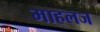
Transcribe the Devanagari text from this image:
माहलज